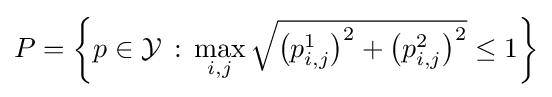
P=\left\{p\in {\mathcal {Y}}\,:\,\max _{i,j}{\sqrt {\left(p_{i,j}^{1}\right)^{2}+\left(p_{i,j}^{2}\right)^{2}}}\leq 1\right\}